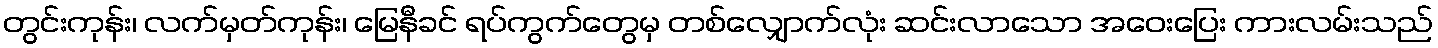
တွင်းကုန်း၊ လက်မှတ်ကုန်း၊ မြေနီခင် ရပ်ကွက်တွေမှ တစ်လျှောက်လုံး ဆင်းလာသော အဝေးပြေး ကားလမ်းသည်